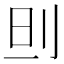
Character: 𠛣